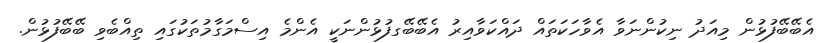
އެބޭބޭފުޅުން މިއަދު ނިކުންނަވާ އެވާހަކަތައް ދައްކަވާއިރު އެބޭބޭގފުޅުންނަކީ އެންމެ އިސްމަގާމުތަކުގައި ތިއްބެވި ބޭބޭފުޅުން.